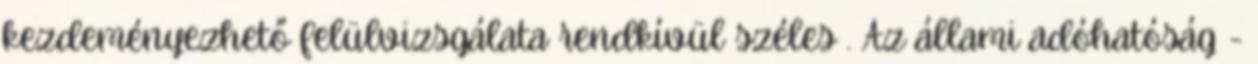
kezdeményezhető felülvizsgálata rendkívül széles . Az állami adóhatóság -